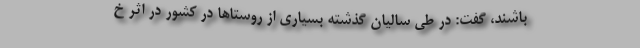
باشند، گفت: در طی سالیان گذشته بسیاری از روستاها در کشور در اثر خ